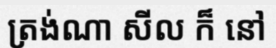
ត្រង់ណា សីល ក៏ នៅ